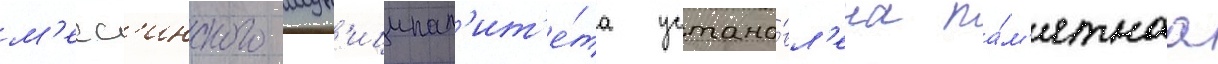
м'есс'инского мун'иципал'ит'е́та устано́вл'ена па́м'ятнаа